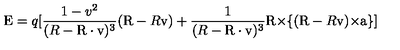
\mathrm { \boldmath E } = q [ \frac { 1 - v ^ { 2 } } { ( R - \mathrm { \boldmath R \cdot v } ) ^ { 3 } } ( \mathrm { \boldmath R } - R \mathrm { \boldmath v } ) + \frac { 1 } { ( R - \mathrm { \boldmath R \cdot v } ) ^ { 3 } } \mathrm { \boldmath R \times } \{ ( \mathrm { \boldmath R } - R \mathrm { \boldmath v } ) \mathrm { \boldmath \times a } \} ]